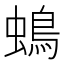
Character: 䳋